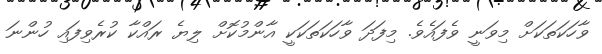
ވާހަކަތަކަށް މިވަނީ ވެފައެވެ. މިފަދަ ވާހަކަތަކަކީ އާންމުކޮށް ލިޔެ ރައްކާ ކުރެވިފައި ހުންނަ